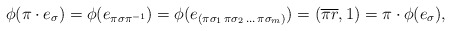
\begin{align*} \phi(\pi\cdot e_{\sigma}) = \phi (e_{\pi \sigma \pi^{-1}}) = \phi (e_{(\pi \sigma_1 \,\pi \sigma_2 \,\ldots \,\pi \sigma_m)}) = (\overline{\pi r},1) = \pi \cdot \phi(e_{\sigma}), \end{align*}